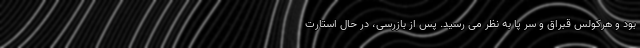
بود و هرکولس قبراق و سر پا به نظر می رسید. پس از بازرسی، در حال استارت